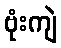
ဗုံးကျဲ